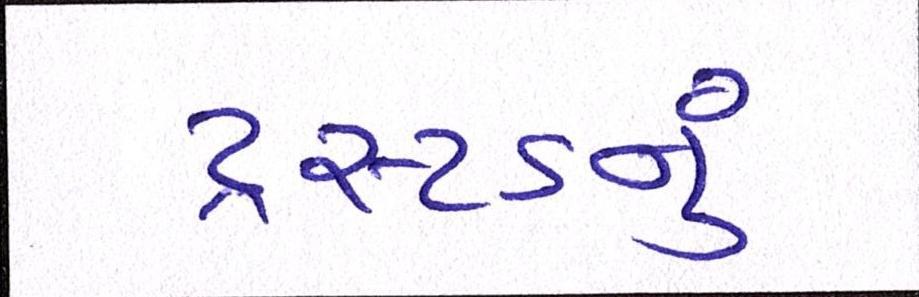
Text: ટ્રસ્ટડનું